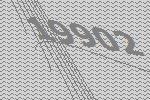
19902